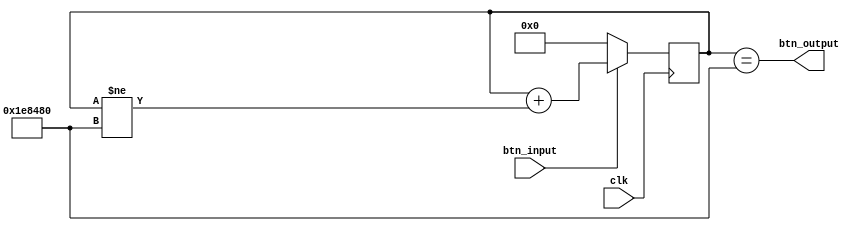
`timescale 1ns / 1ps
//////////////////////////////////////////////////////////////////////////////////
// Company: Dept. of Computer Science, National Chiao Tung University
// 
// Design Name: 
// Module Name:    debounce
// Project Name: 
// Target Devices: 
// Tool versions: 
// Description: 
//
// Dependencies: 
//
// Revision: 
// Revision 0.01 - File Created
// Additional Comments: 
//
//////////////////////////////////////////////////////////////////////////////////
module debounce(input clk, input btn_input, output btn_output);

parameter DEBOUNCE_PERIOD = 2_000_000; /* 20 msec = (100,000,000*0.2) ticks @100MHz */

reg [$clog2(DEBOUNCE_PERIOD):0] counter;

assign btn_output = (counter == DEBOUNCE_PERIOD);

always@(posedge clk) begin
  if (btn_input == 0)
    counter <= 0;
  else
    counter <= counter + (counter != DEBOUNCE_PERIOD);
end

endmodule